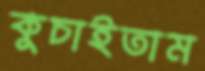
কুচাইতাম